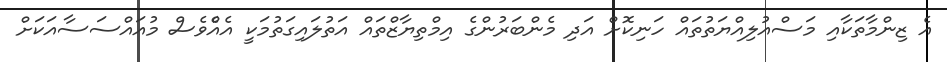
އެ ޒިންމާތަކާއި މަސްއުލިއްޔަތުތައް ހަނިކޮށް އަދި މެންބަރުންގެ އިމްތިޔާޒްތައް އަތުލައިގަތުމަކީ އެއެްވެސް މުއައްސަސާއަކަށް